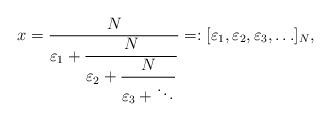
LaTeX: \begin{align*} x = \displaystyle \frac{N}{\varepsilon_1+\displaystyle \frac{N}{\varepsilon_2+\displaystyle \frac{N}{\varepsilon_3+ \ddots}}} =: [\varepsilon_1, \varepsilon_2, \varepsilon_3, \ldots]_N,\end{align*}